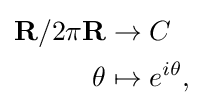
{\begin{aligned}\mathbf {R} /2\pi \mathbf {R} &\to C\\\theta &\mapsto e^{i\theta },\end{aligned}}